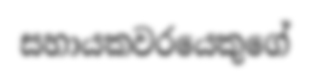
සහායකවරයෙකුගේ